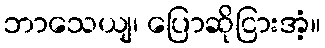
ဘာသေယျ၊ ပြောဆိုငြားအံ့။